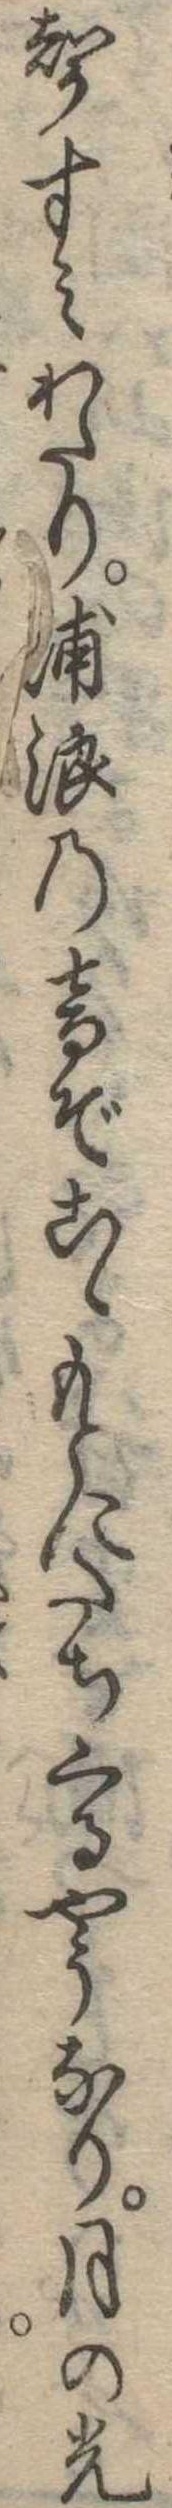
馨すみわたり浦浪の音ぞこゝもとにたちくるやうなり月の光